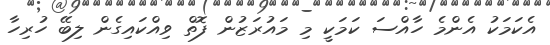
އެކަމަކު އެންމެ ހާއްސަ ކަމަކީ މި މައުރަޒުން ފޮތް ވިއްކައިގެން ލިބޭ ހުރިހާ